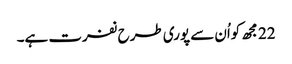
22 مجھ کواُن سے پوری طرح نفرت ہے۔